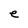
Character: e